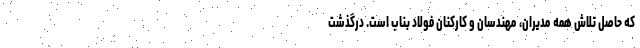
که حاصل تلاش همه مدیران، مهندسان و کارکنان فولاد بناب است. درگذشت